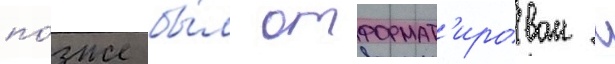
по́зже бы́л отформат'ирован с